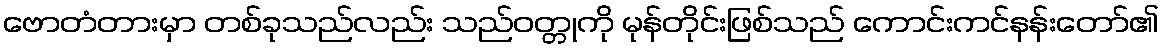
ဗောတံတားမှာ တစ်ခုသည်လည်း သည်ဝတ္တုကို မုန်တိုင်းဖြစ်သည် ကောင်းကင်နန်းတော်၏